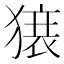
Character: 𬍀